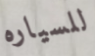
للسياره